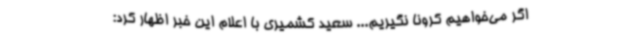
اگر می‌خواهیم کرونا نگیریم... سعید کشمیری با اعلام این خبر اظهار کرد: